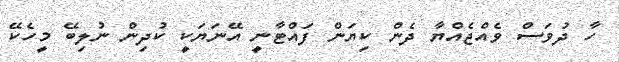
ހާ ދުވަސް ވެއްޖެއްޔާ ދެން ކިޔަން ފައްޓާނީ އޭނަޔަކީ ކުދިން ނުލިބޭ މީހެކޭ